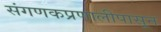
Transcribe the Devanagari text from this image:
संगणकप्रणालीपासून